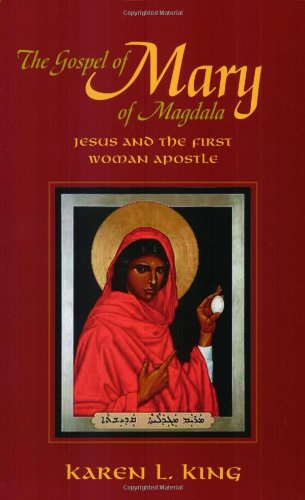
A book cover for The Gospel of Mary of Magdala: Jesus and the First Woman Apostle; Karen L. King; History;